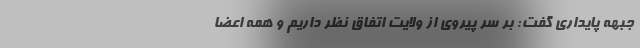
جبهه پایداری گفت: بر سر پیروی از ولایت اتفاق نظر داریم و همه اعضا